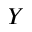
Y